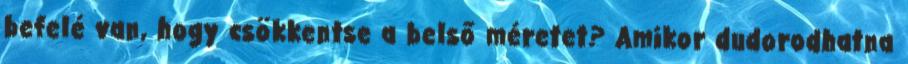
befelé van, hogy csökkentse a belső méretet? Amikor dudorodhatna